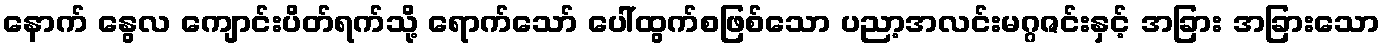
နောက် နွေလ ကျောင်းပိတ်ရက်သို့ ရောက်သော် ပေါ်ထွက်စဖြစ်သော ပညာ့အလင်းမဂ္ဂဇင်းနှင့် အခြား အခြားသော